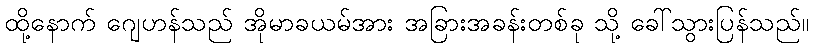
ထို့နောက် ဂျေဟန်သည် အိုမာခယမ်အား အခြားအခန်းတစ်ခု သို့ ခေါ်သွားပြန်သည်။